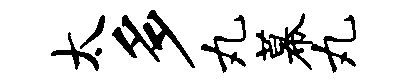
太多丸幕丸